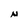
Character: N